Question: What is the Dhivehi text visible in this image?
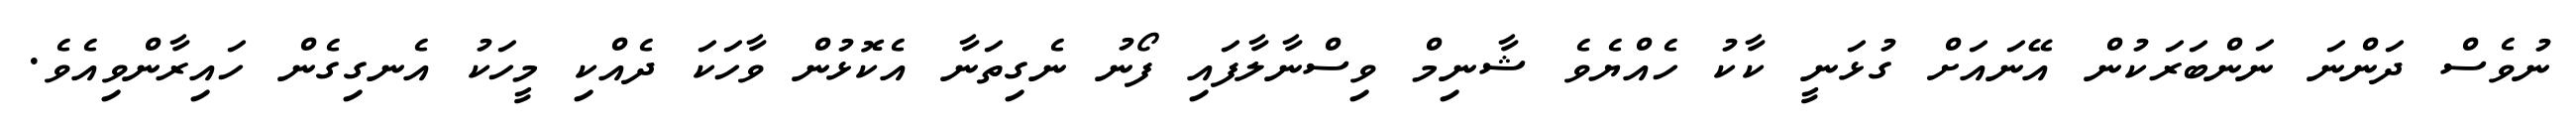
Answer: ނުވެސް ދަންނަ ނަންބަރަކުން އޭނައަށް ގުޅަނީ ކާކު ހެއްޔެވެ ޝާނިމް ވިސްނާލާފައި ފޯނު ނެގިތަނާ އެކޮޅުން ވާހަކަ ދެއްކި މީހަކު އެނގިގެން ހައިރާންވިއެވެ.